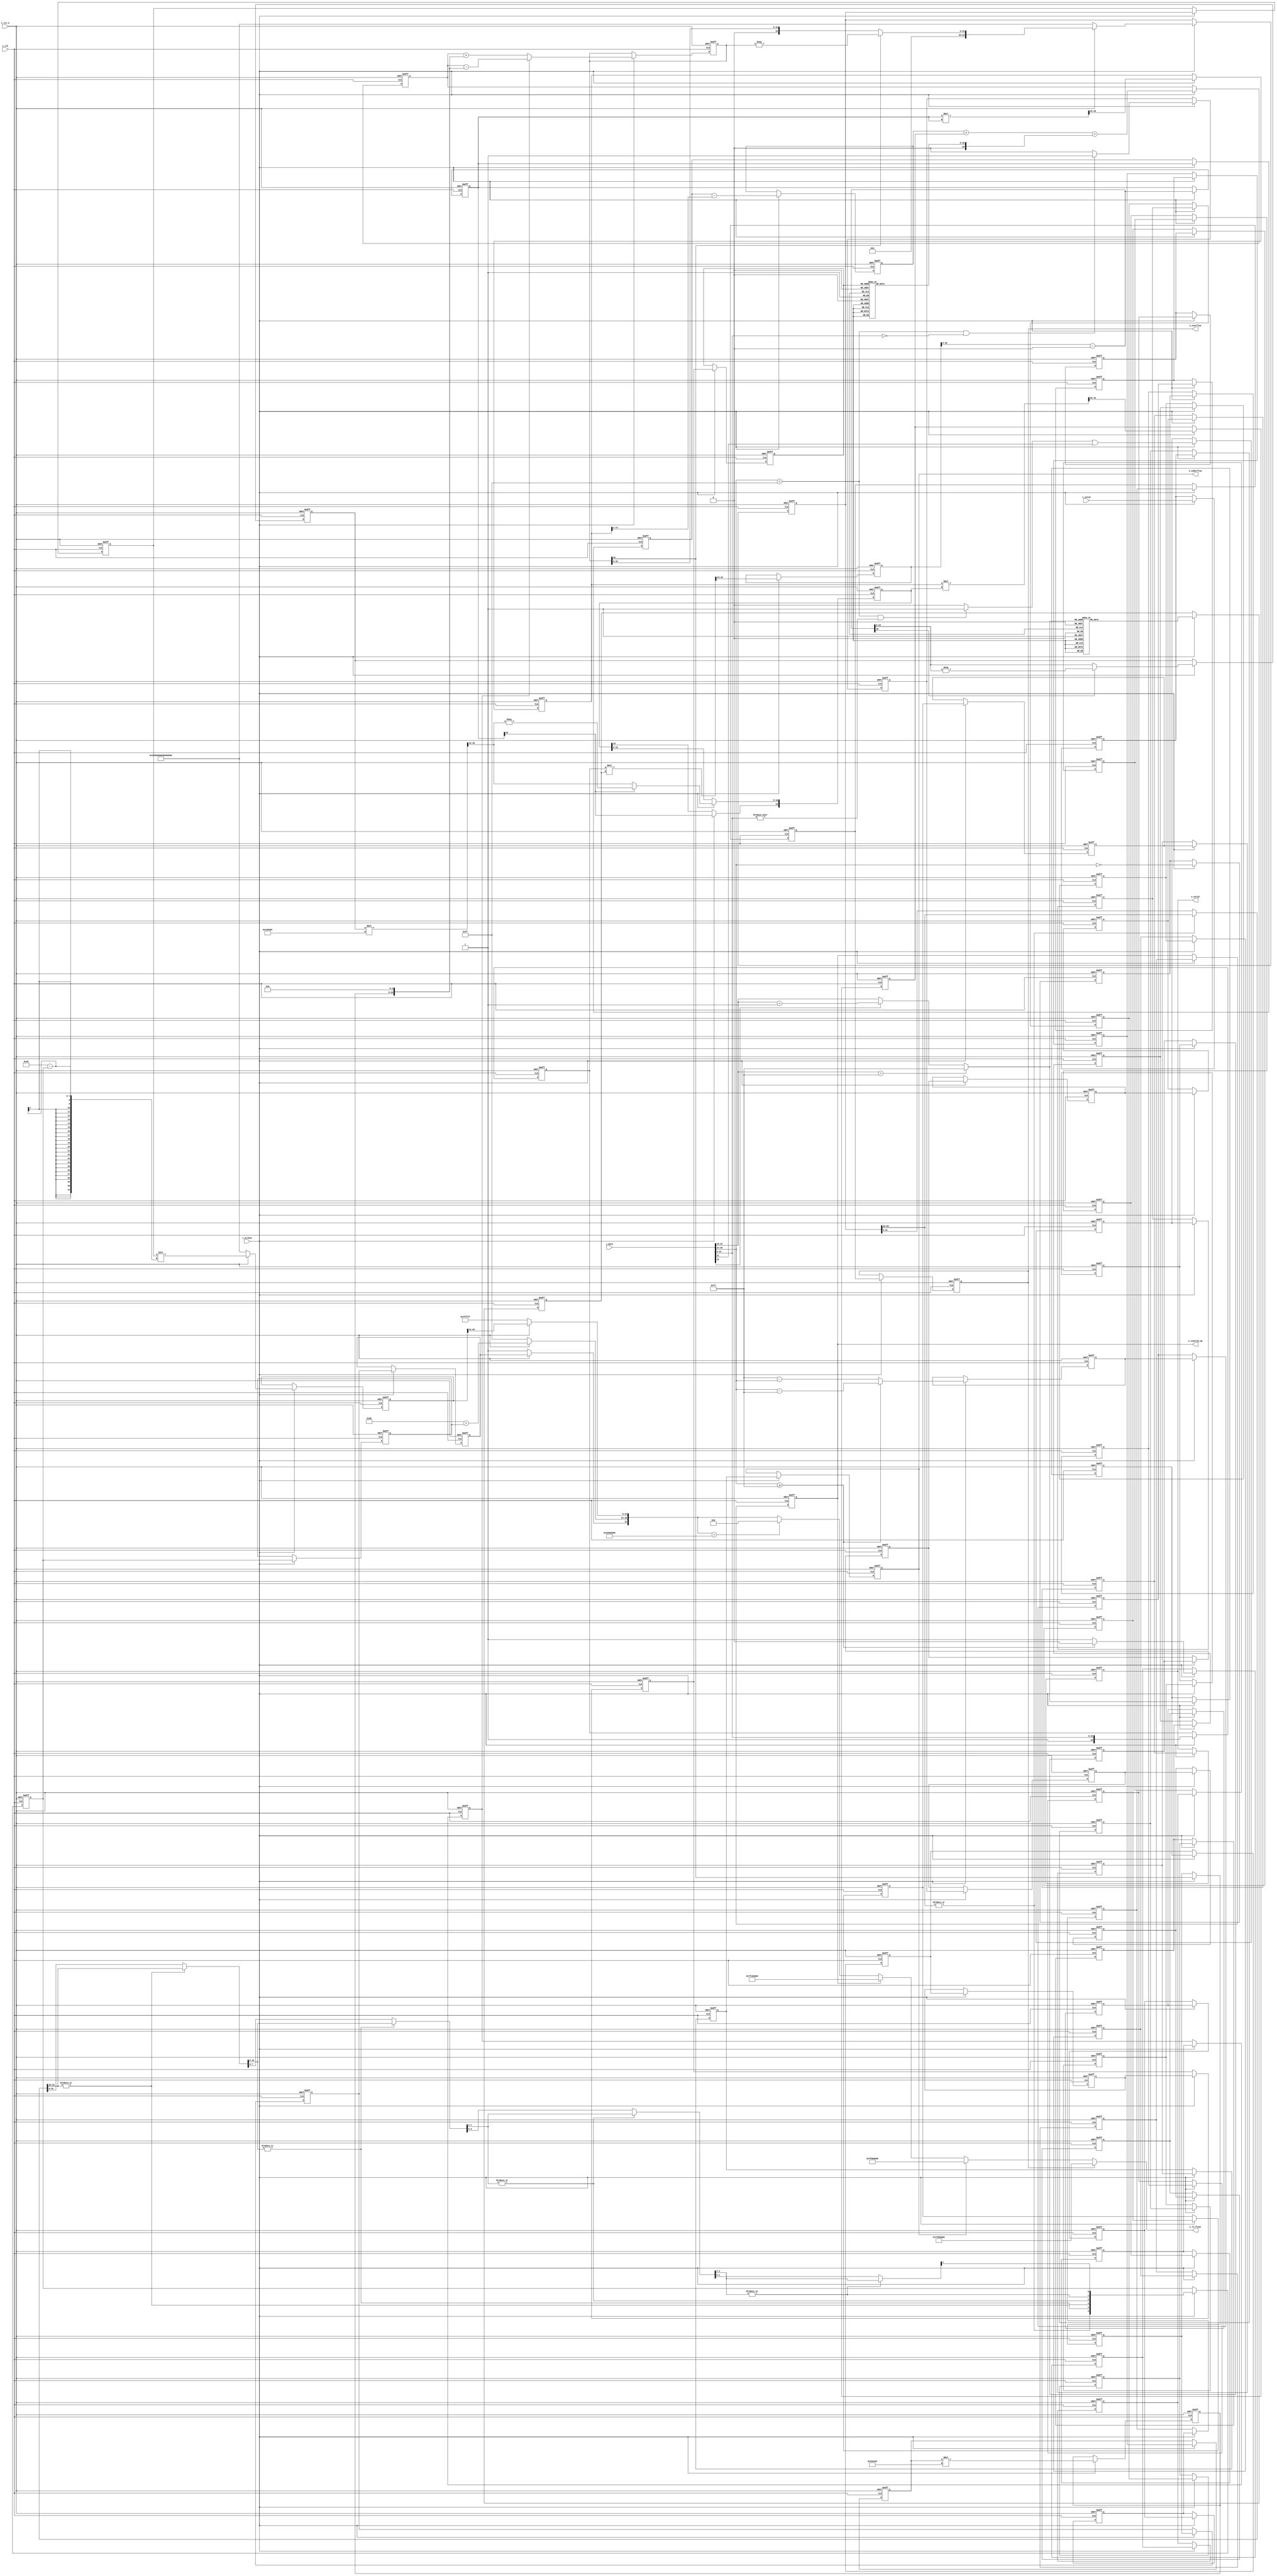
//////////////////////////////////////////////////////////////////////////////
//
// Copyright (c) 2014 PANGO MICROSYSTEMS, INC
// ALL RIGHTS REVERVED.
//
// THE SOURCE CODE CONTAINED HEREIN IS PROPRIETARY TO PANGO MICROSYSTEMS, INC.
// IT SHALL NOT BE REPRODUCED OR DISCLOSED IN WHOLE OR IN PART OR USED BY
// PARTIES WITHOUT WRITTEN AUTHORIZATION FROM THE OWNER.
//
//////////////////////////////////////////////////////////////////////////////
//
// Library:
// Function: p=ln(z)
//           zsize:z > 0
//////////////////////////////////////////////////////////////////////////////
`timescale 1ns/1ns

module ipsxe_floating_point_log_32_axi_v1_0
 #(
    parameter FLOAT_EXP_WIDTH = 8,
    parameter FLOAT_FRAC_WIDTH = 24,
    parameter FLOAT_FRAC_WIDTH_CUT = 12,
    parameter ITERATION_NUM = 10
)
(
    input i_clk, //aclk
    input i_aclken,
    input i_rst_n, //aresetn
    input [FLOAT_EXP_WIDTH+FLOAT_FRAC_WIDTH-1:0] i_data, //s_axis_a_tdata
    input i_valid, //s_axis_a_tvalid
    output [FLOAT_EXP_WIDTH+FLOAT_FRAC_WIDTH-1:0] o_ln_float, //m_axis_result_tdata
    output o_invalid_op,
    output o_overflow, 
    output o_underflow,
    output o_valid //m_axis_result_tvalid
)/* synthesis syn_allowed_resources = "blockrams=0" */;

localparam TAYLOR_DELAY = 5;
//look up table 
(*rom_style = "distributed" *)reg [26:0] f1;
reg [6:0] rom_index;

always @* begin
    case(rom_index)
        7'd0: f1 <= 27'd67108864;
        7'd1: f1 <= 26'd66584576;
        7'd2: f1 <= 26'd66060288;
        7'd3: f1 <= 26'd65536000;
        7'd4: f1 <= 26'd65011712;
        7'd5: f1 <= 26'd64487424;
        7'd6: f1 <= 26'd63963136;
        7'd7: f1 <= 26'd63438848;
        7'd8: f1 <= 26'd62914560;
        7'd9: f1 <= 26'd62914560;
        7'd10: f1 <= 26'd62390272;
        7'd11: f1 <= 26'd61865984;
        7'd12: f1 <= 26'd61341696;
        7'd13: f1 <= 26'd60817408;
        7'd14: f1 <= 26'd60293120;
        7'd15: f1 <= 26'd60293120;
        7'd16: f1 <= 26'd59768832;
        7'd17: f1 <= 26'd59244544;
        7'd18: f1 <= 26'd58720256;
        7'd19: f1 <= 26'd58195968;
        7'd20: f1 <= 26'd58195968;
        7'd21: f1 <= 26'd57671680;
        7'd22: f1 <= 26'd57147392;
        7'd23: f1 <= 26'd57147392;
        7'd24: f1 <= 26'd56623104;
        7'd25: f1 <= 26'd56098816;
        7'd26: f1 <= 26'd55574528;
        7'd27: f1 <= 26'd55574528;
        7'd28: f1 <= 26'd55050240;
        7'd29: f1 <= 26'd54525952;
        7'd30: f1 <= 26'd54525952;
        7'd31: f1 <= 26'd54001664;
        7'd32: f1 <= 26'd53477376;
        7'd33: f1 <= 26'd53477376;
        7'd34: f1 <= 26'd52953088;
        7'd35: f1 <= 26'd52953088;
        7'd36: f1 <= 26'd52428800;
        7'd37: f1 <= 26'd51904512;
        7'd38: f1 <= 26'd51904512;
        7'd39: f1 <= 26'd51380224;
        7'd40: f1 <= 26'd51380224;
        7'd41: f1 <= 26'd50855936;
        7'd42: f1 <= 26'd50331648;
        7'd43: f1 <= 26'd50331648;
        7'd44: f1 <= 26'd49807360;
        7'd45: f1 <= 26'd49807360;
        7'd46: f1 <= 26'd49283072;
        7'd47: f1 <= 26'd49283072;
        7'd48: f1 <= 26'd48758784;
        7'd49: f1 <= 26'd48758784;
        7'd50: f1 <= 26'd48234496;
        7'd51: f1 <= 26'd48234496;
        7'd52: f1 <= 26'd47710208;
        7'd53: f1 <= 26'd47710208;
        7'd54: f1 <= 26'd47185920;
        7'd55: f1 <= 26'd47185920;
        7'd56: f1 <= 26'd46661632;
        7'd57: f1 <= 26'd46661632;
        7'd58: f1 <= 26'd46137344;
        7'd59: f1 <= 26'd46137344;
        7'd60: f1 <= 26'd45613056;
        7'd61: f1 <= 26'd45613056;
        7'd62: f1 <= 26'd45088768;
        7'd63: f1 <= 26'd45088768;
        7'd64: f1 <= 26'd44564480;
        7'd65: f1 <= 26'd44564480;
        7'd66: f1 <= 26'd44040192;
        7'd67: f1 <= 26'd44040192;
        7'd68: f1 <= 26'd44040192;
        7'd69: f1 <= 26'd43515904;
        7'd70: f1 <= 26'd43515904;
        7'd71: f1 <= 26'd42991616;
        7'd72: f1 <= 26'd42991616;
        7'd73: f1 <= 26'd42991616;
        7'd74: f1 <= 26'd42467328;
        7'd75: f1 <= 26'd42467328;
        7'd76: f1 <= 26'd41943040;
        7'd77: f1 <= 26'd41943040;
        7'd78: f1 <= 26'd41943040;
        7'd79: f1 <= 26'd41418752;
        7'd80: f1 <= 26'd41418752;
        7'd81: f1 <= 26'd40894464;
        7'd82: f1 <= 26'd40894464;
        7'd83: f1 <= 26'd40894464;
        7'd84: f1 <= 26'd40370176;
        7'd85: f1 <= 26'd40370176;
        7'd86: f1 <= 26'd40370176;
        7'd87: f1 <= 26'd39845888;
        7'd88: f1 <= 26'd39845888;
        7'd89: f1 <= 26'd39845888;
        7'd90: f1 <= 26'd39321600;
        7'd91: f1 <= 26'd39321600;
        7'd92: f1 <= 26'd38797312;
        7'd93: f1 <= 26'd38797312;
        7'd94: f1 <= 26'd38797312;
        7'd95: f1 <= 26'd38273024;
        7'd96: f1 <= 26'd38273024;
        7'd97: f1 <= 26'd38273024;
        7'd98: f1 <= 26'd37748736;
        7'd99: f1 <= 26'd37748736;
        7'd100: f1 <= 26'd37748736;
        7'd101: f1 <= 26'd37748736;
        7'd102: f1 <= 26'd37224448;
        7'd103: f1 <= 26'd37224448;
        7'd104: f1 <= 26'd37224448;
        7'd105: f1 <= 26'd36700160;
        7'd106: f1 <= 26'd36700160;
        7'd107: f1 <= 26'd36700160;
        7'd108: f1 <= 26'd36175872;
        7'd109: f1 <= 26'd36175872;
        7'd110: f1 <= 26'd36175872;
        7'd111: f1 <= 26'd36175872;
        7'd112: f1 <= 26'd35651584;
        7'd113: f1 <= 26'd35651584;
        7'd114: f1 <= 26'd35651584;
        7'd115: f1 <= 26'd35127296;
        7'd116: f1 <= 26'd35127296;
        7'd117: f1 <= 26'd35127296;
        7'd118: f1 <= 26'd35127296;
        7'd119: f1 <= 26'd34603008;
        7'd120: f1 <= 26'd34603008;
        7'd121: f1 <= 26'd34603008;
        7'd122: f1 <= 26'd34603008;
        7'd123: f1 <= 26'd34078720;
        7'd124: f1 <= 26'd34078720;
        7'd125: f1 <= 26'd34078720;
        7'd126: f1 <= 26'd34078720;
        7'd127: f1 <= 26'd33554432;
    endcase
end
reg [6:0] rom_index_buffer [TAYLOR_DELAY-1:0];
(*rom_style = "distributed" *)reg [25:0] f1_ln;
always @* begin
    case(rom_index_buffer[TAYLOR_DELAY-1])
        7'd0: f1_ln <= 26'd0;
        7'd1: f1_ln <= 26'd526347;
        7'd2: f1_ln <= 26'd1056854;
        7'd3: f1_ln <= 26'd1591589;
        7'd4: f1_ln <= 26'd2130619;
        7'd5: f1_ln <= 26'd2674014;
        7'd6: f1_ln <= 26'd3221844;
        7'd7: f1_ln <= 26'd3774184;
        7'd8: f1_ln <= 26'd4331107;
        7'd9: f1_ln <= 26'd4331107;
        7'd10: f1_ln <= 26'd4892691;
        7'd11: f1_ln <= 26'd5459013;
        7'd12: f1_ln <= 26'd6030156;
        7'd13: f1_ln <= 26'd6606201;
        7'd14: f1_ln <= 26'd7187234;
        7'd15: f1_ln <= 26'd7187234;
        7'd16: f1_ln <= 26'd7773342;
        7'd17: f1_ln <= 26'd8364613;
        7'd18: f1_ln <= 26'd8961140;
        7'd19: f1_ln <= 26'd9563017;
        7'd20: f1_ln <= 26'd9563017;
        7'd21: f1_ln <= 26'd10170342;
        7'd22: f1_ln <= 26'd10783212;
        7'd23: f1_ln <= 26'd10783212;
        7'd24: f1_ln <= 26'd11401731;
        7'd25: f1_ln <= 26'd12026004;
        7'd26: f1_ln <= 26'd12656139;
        7'd27: f1_ln <= 26'd12656139;
        7'd28: f1_ln <= 26'd13292247;
        7'd29: f1_ln <= 26'd13934442;
        7'd30: f1_ln <= 26'd13934442;
        7'd31: f1_ln <= 26'd14582842;
        7'd32: f1_ln <= 26'd15237568;
        7'd33: f1_ln <= 26'd15237568;
        7'd34: f1_ln <= 26'd15898744;
        7'd35: f1_ln <= 26'd15898744;
        7'd36: f1_ln <= 26'd16566499;
        7'd37: f1_ln <= 26'd17240966;
        7'd38: f1_ln <= 26'd17240966;
        7'd39: f1_ln <= 26'd17922280;
        7'd40: f1_ln <= 26'd17922280;
        7'd41: f1_ln <= 26'd18610582;
        7'd42: f1_ln <= 26'd19306017;
        7'd43: f1_ln <= 26'd19306017;
        7'd44: f1_ln <= 26'd20008734;
        7'd45: f1_ln <= 26'd20008734;
        7'd46: f1_ln <= 26'd20718887;
        7'd47: f1_ln <= 26'd20718887;
        7'd48: f1_ln <= 26'd21436636;
        7'd49: f1_ln <= 26'd21436636;
        7'd50: f1_ln <= 26'd22162144;
        7'd51: f1_ln <= 26'd22162144;
        7'd52: f1_ln <= 26'd22895582;
        7'd53: f1_ln <= 26'd22895582;
        7'd54: f1_ln <= 26'd23637124;
        7'd55: f1_ln <= 26'd23637124;
        7'd56: f1_ln <= 26'd24386951;
        7'd57: f1_ln <= 26'd24386951;
        7'd58: f1_ln <= 26'd25145252;
        7'd59: f1_ln <= 26'd25145252;
        7'd60: f1_ln <= 26'd25912219;
        7'd61: f1_ln <= 26'd25912219;
        7'd62: f1_ln <= 26'd26688052;
        7'd63: f1_ln <= 26'd26688052;
        7'd64: f1_ln <= 26'd27472960;
        7'd65: f1_ln <= 26'd27472960;
        7'd66: f1_ln <= 26'd28267157;
        7'd67: f1_ln <= 26'd28267157;
        7'd68: f1_ln <= 26'd28267157;
        7'd69: f1_ln <= 26'd29070866;
        7'd70: f1_ln <= 26'd29070866;
        7'd71: f1_ln <= 26'd29884316;
        7'd72: f1_ln <= 26'd29884316;
        7'd73: f1_ln <= 26'd29884316;
        7'd74: f1_ln <= 26'd30707748;
        7'd75: f1_ln <= 26'd30707748;
        7'd76: f1_ln <= 26'd31541410;
        7'd77: f1_ln <= 26'd31541410;
        7'd78: f1_ln <= 26'd31541410;
        7'd79: f1_ln <= 26'd32385557;
        7'd80: f1_ln <= 26'd32385557;
        7'd81: f1_ln <= 26'd33240459;
        7'd82: f1_ln <= 26'd33240459;
        7'd83: f1_ln <= 26'd33240459;
        7'd84: f1_ln <= 26'd34106392;
        7'd85: f1_ln <= 26'd34106392;
        7'd86: f1_ln <= 26'd34106392;
        7'd87: f1_ln <= 26'd34983644;
        7'd88: f1_ln <= 26'd34983644;
        7'd89: f1_ln <= 26'd34983644;
        7'd90: f1_ln <= 26'd35872516;
        7'd91: f1_ln <= 26'd35872516;
        7'd92: f1_ln <= 26'd36773320;
        7'd93: f1_ln <= 26'd36773320;
        7'd94: f1_ln <= 26'd36773320;
        7'd95: f1_ln <= 26'd37686380;
        7'd96: f1_ln <= 26'd37686380;
        7'd97: f1_ln <= 26'd37686380;
        7'd98: f1_ln <= 26'd38612034;
        7'd99: f1_ln <= 26'd38612034;
        7'd100: f1_ln <= 26'd38612034;
        7'd101: f1_ln <= 26'd38612034;
        7'd102: f1_ln <= 26'd39550635;
        7'd103: f1_ln <= 26'd39550635;
        7'd104: f1_ln <= 26'd39550635;
        7'd105: f1_ln <= 26'd40502550;
        7'd106: f1_ln <= 26'd40502550;
        7'd107: f1_ln <= 26'd40502550;
        7'd108: f1_ln <= 26'd41468162;
        7'd109: f1_ln <= 26'd41468162;
        7'd110: f1_ln <= 26'd41468162;
        7'd111: f1_ln <= 26'd41468162;
        7'd112: f1_ln <= 26'd42447870;
        7'd113: f1_ln <= 26'd42447870;
        7'd114: f1_ln <= 26'd42447870;
        7'd115: f1_ln <= 26'd43442094;
        7'd116: f1_ln <= 26'd43442094;
        7'd117: f1_ln <= 26'd43442094;
        7'd118: f1_ln <= 26'd43442094;
        7'd119: f1_ln <= 26'd44451269;
        7'd120: f1_ln <= 26'd44451269;
	    7'd121: f1_ln <= 26'd44451269;
        7'd122: f1_ln <= 26'd44451269;
        7'd123: f1_ln <= 26'd45475852;
        7'd124: f1_ln <= 26'd45475852;
        7'd125: f1_ln <= 26'd45475852;
        7'd126: f1_ln <= 26'd45475852;
        7'd127: f1_ln <= 26'd46516320;
    endcase
end

(*use_dsp48 = "yes"*)wire [7:0] shift;
(*use_dsp48 = "yes"*)wire shift_pn;

//wire [26:0] f1;
//wire [25:0] f1_ln;
//wire [6:0] rom_index;

reg [7:0] shift_buffer [TAYLOR_DELAY-1:0];
reg shift_pn_buffer [TAYLOR_DELAY:0];
//reg signed [26:0] f1_ln_buffer [TAYLOR_DELAY-1:0];
//reg [6:0] rom_index_buffer [TAYLOR_DELAY-1:0];

(*use_dsp48 = "yes"*)wire [23:0] x0;
(*use_dsp48 = "yes"*)wire [24+27-1:0] x1_full;
(*use_dsp48 = "yes"*)wire [26:0] x1;

//wire [22:0] ln;
(*use_dsp48 = "yes"*)wire signed [20:0] a;
(*use_dsp48 = "yes"*)wire [19:0] a_abs;

//layer0
(*use_dsp48 = "yes"*)wire signed [20+20:0] layer0_value0_full; //a^2
//(*use_dsp48 = "yes"*)wire [20+20-1:0] layer0_value0_full; //a^2
(*use_dsp48 = "yes"*)reg signed [14:0] layer0_value0; 
(*use_dsp48 = "yes"*)reg signed [19:0] layer0_value1; // a/3
//(*use_dsp48 = "yes"*)wire [18:0] layer0_value1_abs;
(*use_dsp48 = "yes"*)wire [41:0] layer0_value1_abs;
(*use_dsp48 = "yes"*)wire [18:0] layer0_value1_fix;
(*use_dsp48 = "yes"*)reg signed [20:0] a_buffer_0;
reg signed [20:0] a_buffer_1;

//layer1
(*use_dsp48 = "yes"*)reg signed [20:0] layer1_value0; //a-(a^2)/2
(*use_dsp48 = "yes"*)wire signed [14+19:0] layer1_value1_full; // (a^3)/3
(*use_dsp48 = "yes"*)reg signed [7:0] layer1_value1;

(*use_dsp48 = "yes"*)wire in_NaN;
(*use_dsp48 = "yes"*)wire in_INF;
(*use_dsp48 = "yes"*)wire invalid_op;
(*use_dsp48 = "yes"*)wire in_ZERO;
//wire in_ONE;
(*use_dsp48 = "yes"*)wire overflow;
(*use_dsp48 = "yes"*)wire underflow;

reg invalid_op_buffer[ITERATION_NUM-1:0];
reg overflow_buffer[ITERATION_NUM-1:0];
reg underflow_buffer[ITERATION_NUM-1:0];
reg in_valid_buffer[ITERATION_NUM-1:0];

(*use_dsp48 = "yes"*)wire [34:0] ln;
(*use_dsp48 = "yes"*)reg [34:0] ln_buffer;
(*use_dsp48 = "yes"*)wire signed [27:0] ln_0;
(*use_dsp48 = "yes"*)reg signed [27:0] ln_0_buffer;
(*use_dsp48 = "yes"*)wire [28:0] ln2_value;
(*use_dsp48 = "yes"*)reg [28:0] ln2_value_buffer;

(*use_dsp48 = "yes"*)wire    [5:0]   index;
(*use_dsp48 = "yes"*)reg [5:0] index_buffer_0;
reg [5:0] index_buffer_1;
(*use_dsp48 = "yes"*)wire    [31:0]   tmp4;
(*use_dsp48 = "yes"*)wire    [15:0]   tmp3;
(*use_dsp48 = "yes"*)wire    [7:0]   tmp0;
(*use_dsp48 = "yes"*)wire    [3:0]   tmp1;
(*use_dsp48 = "yes"*)wire    [1:0]   tmp2;
(*use_dsp48 = "yes"*)wire [63:0] ln_value;
(*use_dsp48 = "yes"*)reg [63:0] ln_value_buffer_0;
(*use_dsp48 = "yes"*)reg [63:0] ln_value_buffer_1;
reg ln_sign0;
reg ln_sign1;
reg ln_sign2;

(*use_dsp48 = "yes"*)wire [FLOAT_EXP_WIDTH+FLOAT_FRAC_WIDTH-1:0] ln_float0;

(*use_dsp48 = "yes"*)wire [63:0] ln_value_shift;
(*use_dsp48 = "yes"*)reg [63:0] ln_value_shift_buffer;

assign shift_pn = i_data[FLOAT_EXP_WIDTH+FLOAT_FRAC_WIDTH-2:FLOAT_FRAC_WIDTH-1] >= 8'd127 ? 0 : 1; 
assign shift = i_data[FLOAT_EXP_WIDTH+FLOAT_FRAC_WIDTH-2:FLOAT_FRAC_WIDTH-1] >= 8'd127 ? i_data[FLOAT_EXP_WIDTH+FLOAT_FRAC_WIDTH-2:FLOAT_FRAC_WIDTH-1] - 127 : 127 - i_data[FLOAT_EXP_WIDTH+FLOAT_FRAC_WIDTH-2:FLOAT_FRAC_WIDTH-1];

(*use_dsp48 = "yes"*)wire [6:0] rom_index_wire;
always @* begin
    rom_index <= rom_index_wire;
end
assign rom_index_wire = i_data[FLOAT_FRAC_WIDTH-2:FLOAT_FRAC_WIDTH-8] == 7'd127 ? 7'd127 :
                   i_data[FLOAT_FRAC_WIDTH-9] ? i_data[FLOAT_FRAC_WIDTH-2:FLOAT_FRAC_WIDTH-8]+1 : i_data[FLOAT_FRAC_WIDTH-2:FLOAT_FRAC_WIDTH-8];
//assign f1 = f1_rom[rom_index];
//assign f1_ln = f1_ln_rom[rom_index];
(*use_dsp48 = "yes"*)reg [26:0] f1_buffer;
(*use_dsp48 = "yes"*)reg [23:0] x0_buffer;
(*use_dsp48 = "yes"*)reg [26:0] x1_buffer;
assign x0 = {1'b1,i_data[FLOAT_FRAC_WIDTH-2:0]}; //delay 1
assign x1_full = (x0_buffer * f1_buffer) >>> 23; //delay 2
assign x1 = x1_full[26:0];

(*use_dsp48 = "yes"*)reg [19:0] a_abs_buffer;
assign a = x1_buffer - (1 <<< 26);
//assign a_abs = x1[26] == 1 ? x1 - (1 <<< 26) : (1 <<< 26) - x1;
assign a_abs = a[20] == 1 ? -(a[19:0]) : a[19:0]; //delay 3
//assign layer0_value1_abs = a_abs / 2'd3;
assign layer0_value1_abs = (a_abs_buffer * 1398101) >> 22; //delay 4
assign layer0_value1_fix = a_buffer_0[20] == 1 ? -(layer0_value1_abs[18:0]) : layer0_value1_abs[18:0];
//assign layer0_value1_abs = a_abs / 2'd3;
//assign layer0_value1_fix = x1[26] == 1 ?  layer0_value1_abs : -(layer0_value1_abs);

assign layer0_value0_full = a_buffer_0 * a_buffer_0;

assign layer1_value1_full = layer0_value0 * layer0_value1; //delay 5

integer i0;
integer i1;
integer i2;
always @ ( posedge i_clk or negedge i_rst_n )
    if( !i_rst_n )
    begin
    for (i0 = 0; i0 < TAYLOR_DELAY; i0 = i0+1) begin
      shift_buffer[i0] <= 0;
      shift_pn_buffer[i0] <= 0;
      //f1_ln_buffer[i0] <= 0;
      rom_index_buffer[i0] <= 0;
    end
    shift_pn_buffer[TAYLOR_DELAY] <= 0;
    
    layer0_value0 <= 0;
    layer0_value1 <= 0;
    layer1_value0 <= 0;
    layer1_value1 <= 0;
    a_buffer_0 <= 0;
    a_buffer_1 <= 0;
    f1_buffer <= 0;
    x0_buffer <= 0;
    x1_buffer <= 0;
    a_abs_buffer <= 0;
    ln_0_buffer <= 0;
    ln2_value_buffer <= 0;
    ln_buffer <= 0;
    ln_value_buffer_0 <= 0;
    ln_value_buffer_1 <= 0;
    ln_sign0 <= 0;
    ln_sign1 <= 0;
    ln_sign2 <= 0;
    index_buffer_0 <= 0;
    index_buffer_1 <= 0;
    ln_value_shift_buffer <= 0;

    end
    else if( i_aclken ) begin
        shift_buffer[0] <= shift;
        shift_pn_buffer[0] <= shift_pn;
        //f1_ln_buffer[0] <= f1_ln;
        rom_index_buffer[0] <= rom_index;

        layer0_value0 <= layer0_value0_full[40:26];
        layer0_value1[19] <= a_buffer_0[20];
        layer0_value1[18:0] <= layer0_value1_fix;
        a_buffer_0 <= a;
        a_buffer_1 <= a_buffer_0;
        f1_buffer <= f1;
        x0_buffer <= x0;
        x1_buffer <= x1;
        a_abs_buffer <= a_abs;
        layer1_value0 <= a_buffer_1 - (layer0_value0 >>> 1);
        layer1_value1 <= layer1_value1_full[33:26];
        ln_0_buffer <= ln_0;
        ln2_value_buffer <= ln2_value;
        ln_buffer <= ln;
        ln_value_buffer_0 <= ln_value;
        ln_value_buffer_1 <= ln_value_buffer_0;
        ln_sign0 <= ln_buffer[34];
        ln_sign1 <= ln_sign0;
        ln_sign2 <= ln_sign1;
        index_buffer_0 <= index;
        index_buffer_1 <= index_buffer_0;
        ln_value_shift_buffer <= ln_value_shift;
    
        for (i2 = 1; i2 < TAYLOR_DELAY; i2 = i2+1) begin
            shift_buffer[i2] <= shift_buffer[i2-1];
            shift_pn_buffer[i2] <= shift_pn_buffer[i2-1];
            //f1_ln_buffer[i2] <= f1_ln_buffer[i2-1];
            rom_index_buffer[i2] <= rom_index_buffer[i2-1];
        end
        shift_pn_buffer[TAYLOR_DELAY] <= shift_pn_buffer[TAYLOR_DELAY-1];
    end
    else begin
        layer0_value0 <= layer0_value0;
        layer0_value1 <= layer0_value1;
        a_buffer_0 <= a_buffer_0;
        a_buffer_1 <= a_buffer_1;
        f1_buffer <= f1_buffer;
        x0_buffer <= x0_buffer;
        x1_buffer <= x1_buffer;
        a_abs_buffer <= a_abs_buffer;
        layer1_value0 <= layer1_value0;
        layer1_value1 <= layer1_value1;
        ln_0_buffer <= ln_0_buffer;
        ln2_value_buffer <= ln2_value_buffer;
        ln_buffer <= ln_buffer;
        ln_value_buffer_0 <= ln_value_buffer_0;
        ln_value_buffer_1 <= ln_value_buffer_1;
        ln_sign0 <= ln_sign0;
        ln_sign1 <= ln_sign1;
        ln_sign2 <= ln_sign2;
        index_buffer_0 <= index_buffer_0;
        index_buffer_1 <= index_buffer_1;
        ln_value_shift_buffer <= ln_value_shift_buffer;

        for (i1 = 0; i1 < TAYLOR_DELAY; i1 = i1+1) begin
            shift_buffer[i1] <= shift_buffer[i1];
            shift_pn_buffer[i1] <= shift_pn_buffer[i1];
            //f1_ln_buffer[i1] <= f1_ln_buffer[i1];
            rom_index_buffer[i1] <= rom_index_buffer[i1];
        end
        shift_pn_buffer[TAYLOR_DELAY] <= shift_pn_buffer[TAYLOR_DELAY];
    end

wire signed [26:0] f1_ln_sign;
assign f1_ln_sign = f1_ln;
assign o_valid = in_valid_buffer[ITERATION_NUM-1];
assign ln_0 = layer1_value0 + layer1_value1 + f1_ln_sign;
assign ln2_value = shift_buffer[TAYLOR_DELAY-1]*1453635;
//assign ln = shift_pn_buffer[ITERATION_NUM-1] == 0 ? ln_0 + (ln2_value <<< 5) : ln_0 - (ln2_value <<< 5);
assign ln = shift_pn_buffer[TAYLOR_DELAY] == 0 ? ln_0_buffer + {ln2_value_buffer,5'b0} : ln_0_buffer - {ln2_value_buffer,5'b0};
 
assign ln_value = !i_rst_n ? 64'hffff_ffff_ffff_ffff :
                    ln_buffer[34] ? {29'b0,-(ln_buffer)} : {29'b0,ln_buffer};
 
//find the leading one 
assign index[5] = (|ln_value_buffer_0[63:32]);
assign tmp4 = index[5] ? ln_value_buffer_0[63:32] : ln_value_buffer_0[31:0];

assign index[4] = (|tmp4[31:16]);
assign tmp3 = index[4] ? tmp4[31:16] : tmp4[15:0];

assign index[3] = (|tmp3[15:8]);
assign tmp0 = index[3] ? tmp3[15:8] : tmp3[7:0];

assign index[2] = (|tmp0[7:4]);
assign tmp1 = index[2] ? tmp0[7:4] : tmp0[3:0];

assign index[1] = (|tmp1[3:2]);
assign tmp2 = index[1] ? tmp1[3:2] : tmp1[1:0];

assign index[0] = tmp2[1];

//calculate the sign bit of float result
assign ln_float0[FLOAT_EXP_WIDTH+FLOAT_FRAC_WIDTH-1] = !i_rst_n ? 1'b1 : ln_sign2;
//calculate the exponential bits of float result
assign ln_float0[FLOAT_EXP_WIDTH+FLOAT_FRAC_WIDTH-2:FLOAT_FRAC_WIDTH-1] = !i_rst_n ? 8'hff : 8'd101 + index_buffer_1; //101 = 127 - 26
//calculate the mantissa bits of float result
assign ln_value_shift = !i_rst_n ? 64'hffff_ffff_ffff_ffff : ln_value_buffer_1 << (64 - index_buffer_0);
assign ln_float0[FLOAT_FRAC_WIDTH-2:0] = !i_rst_n ? 23'b11111111111111111111111 : ln_value_shift_buffer[63:41];

//adjust the output accorroding to the value of input 
assign o_ln_float = o_overflow ? 32'h7F80_0000 :
                    o_underflow ? 32'hFF80_0000 :
                    o_invalid_op ? 32'h7FC0_0000 :
		            ln_float0 == 32'h32800000 ? 0 : ln_float0;

//judge if the input is valid
assign in_NaN = (i_data[FLOAT_EXP_WIDTH+FLOAT_FRAC_WIDTH-2:FLOAT_FRAC_WIDTH-1] == 8'b11111111)&&(i_data[FLOAT_FRAC_WIDTH-2:0] != 0) ? 1 : 0;
assign in_INF = (i_data[FLOAT_EXP_WIDTH+FLOAT_FRAC_WIDTH-2:FLOAT_FRAC_WIDTH-1] == 8'b11111111)&&(i_data[FLOAT_FRAC_WIDTH-2:0] == 0) ? 1 : 0;
assign in_ZERO = i_data[FLOAT_EXP_WIDTH+FLOAT_FRAC_WIDTH-2:FLOAT_FRAC_WIDTH-1] == 8'b0;
//assign in_ONE = i_data == 3F800000;
assign o_invalid_op = invalid_op_buffer[ITERATION_NUM-1];
assign o_overflow = overflow_buffer[ITERATION_NUM-1];
assign o_underflow = underflow_buffer[ITERATION_NUM-1];

assign invalid_op = in_NaN || i_data[FLOAT_EXP_WIDTH+FLOAT_FRAC_WIDTH-1] == 1;
assign overflow = in_INF;
assign underflow = in_ZERO;

//delay i_valid, invalid_op, overflow, to keep pace with output
integer i3;
always @(posedge i_clk or negedge i_rst_n)
    if(!i_rst_n) begin
        for (i3 = 0; i3 < ITERATION_NUM; i3 = i3+1) begin
            in_valid_buffer[i3] <= 0;
            invalid_op_buffer[i3] <= 0;
            overflow_buffer[i3] <= 0;
            underflow_buffer[i3] <= 0;
        end
    end
    else if (i_aclken) begin
        in_valid_buffer[0] <= i_valid;
	    invalid_op_buffer[0] <= invalid_op;
	    overflow_buffer[0] <= overflow;
        underflow_buffer[0] <= underflow;
        for (i3 = 1; i3 < ITERATION_NUM; i3 = i3+1) begin
            in_valid_buffer[i3] <= in_valid_buffer[i3-1];
            invalid_op_buffer[i3] <= invalid_op_buffer[i3-1];
            overflow_buffer[i3] <= overflow_buffer[i3-1];
            underflow_buffer[i3] <= underflow_buffer[i3-1];
        end
    end

endmodule